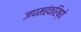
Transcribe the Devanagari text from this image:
जपमहंकरिष्ये